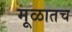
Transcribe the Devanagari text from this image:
मूळातच